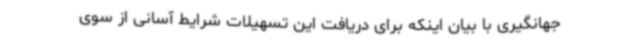
جهانگیری با بیان اینکه برای دریافت این تسهیلات شرایط آسانی از سوی